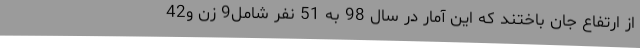
از ارتفاع جان باختند که این آمار در سال 98 به 51 نفر شامل9 زن و42